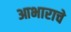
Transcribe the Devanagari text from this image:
आभाराचे